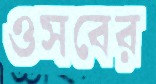
ওসবের